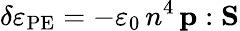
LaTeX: \delta\varepsilon_{\mathrm{PE}}=-\varepsilon_{0}\, n^{4}\, \mathbf{p}:\mathbf{S}